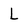
Character: L